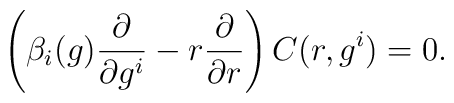
\left(\beta_{i}(g)\frac{\partial}{\partial g^{i}}-r\frac{\partial}{\partial r}\right)C(r,g^{i})=0.